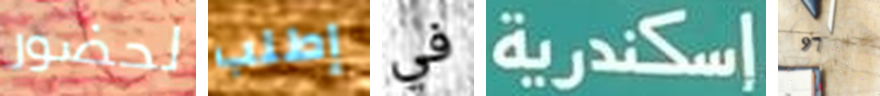
لحضور إطلب في إسكندرية 97